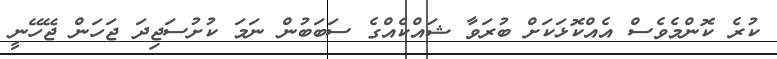
ކުރެ ކޮންމެވެސް އެއްކޮޅަކަށް ބުރަވާ ޝައްކެއްގެ ސަބަބުން ނަމަ ކުށުސަޖިދަ ޖަހަން ޖޭހޭނީ